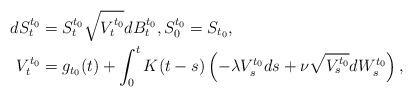
LaTeX: \begin{align*}dS_t^{t_0} &= S_t^{t_0} \sqrt{V_t^{t_0}} dB_t^{t_0}, S_0^{t_0} = S_{t_0}, \\V_t^{t_0}&= g_{t_0}(t) + \int_0^{t} K(t-s) \left( -\lambda V_s^{t_0} ds + \nu \sqrt{V_s^{t_0}}dW_s^{t_0}\right),\end{align*}